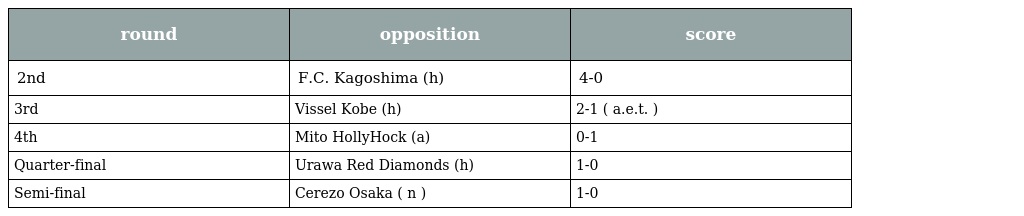
| round | opposition | score |
 | --- | --- | --- |
 | 2nd | F.C. Kagoshima (h) | 4-0 |
 | 3rd | Vissel Kobe (h) | 2-1 ( a.e.t. ) |
 | 4th | Mito HollyHock (a) | 0-1 |
 | Quarter-final | Urawa Red Diamonds (h) | 1-0 |
 | Semi-final | Cerezo Osaka ( n ) | 1-0 |